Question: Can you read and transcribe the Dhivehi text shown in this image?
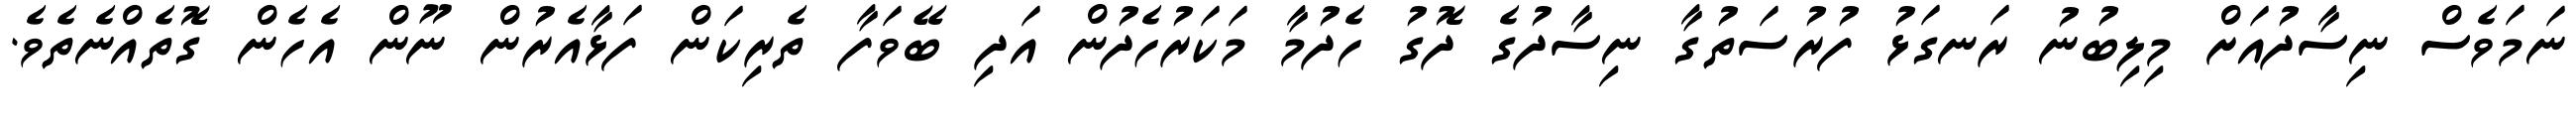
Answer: ނަމަވެސް ނިސާދުއަށް މިލިބުނު ރަނގަޅު ފުރުސަތުގާ ނިސާދުގެ ދޮގު ހެދުމާ މަކަރުހެދުން އަދި ބޭވަފާ ތެރިކަން ފަޅާއެރުން ނޫން އެހެން ގޮތެއްނެތެވެ.